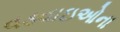
વડવાઇઓના